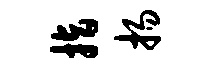
指扬